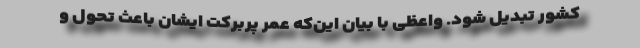
کشور تبدیل شود. واعظی با بیان این‌که عمر پربرکت ایشان باعث تحول و